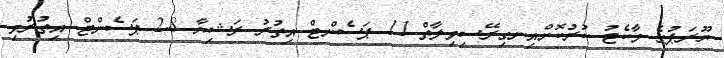
ޔޫރަޕުގެ މާކެޓު ކުރުކޮށްއިނގިރޭސިވިލާތް 11 ޕަސެންޓް އިތުރު ރަޝިޔާ 2.8 ޕަސެންޓް އިތުރުވި